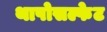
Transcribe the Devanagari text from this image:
थापोसल्फेट